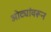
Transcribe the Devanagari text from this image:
ओट्यांवरून